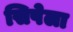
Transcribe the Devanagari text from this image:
सिपेला